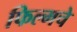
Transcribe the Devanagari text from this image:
फिल्मचे